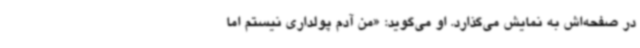
در صفحه‌اش به نمایش می‌گذارد. او می‌گوید: «من آدم پولداری نیستم اما